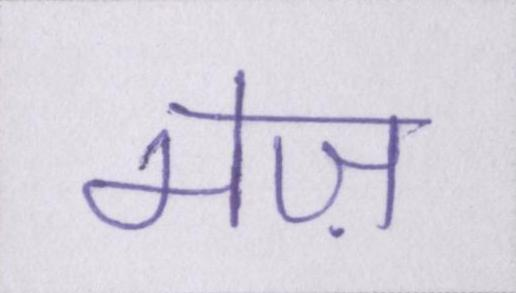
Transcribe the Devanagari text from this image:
मेज़